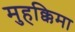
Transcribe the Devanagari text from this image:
मुहक्किमा